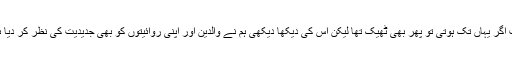
جدت اگر یہاں تک ہوتی تو پھر بھی ٹھیک تھا لیکن اس کی دیکھا دیکھی ہم نے والدین اور اپنی روائیتوں کو بھی جدیدیت کی نظر کر دیا ہے ۔